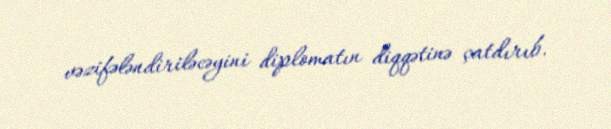
vəzifələndiriləcəyini diplomatın diqqətinə çatdırıb.